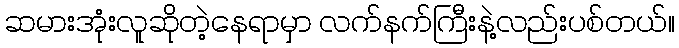
ဆမားအုံးလူဆိုတဲ့နေရာမှာ လက်နက်ကြီးနဲ့လည်းပစ်တယ်။